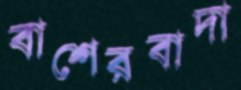
বাশেরবাদা